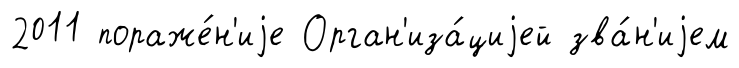
2011 пораже́н'иjе Орган'иза́циjей зва́н'иjем